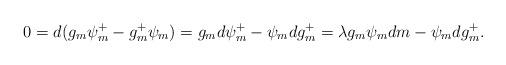
LaTeX: \begin{align*} 0 = d(g_m \psi^+_{m} - g^+_m\psi_m) = g_m d\psi^+_{m} - \psi_{m}dg^+_m = \lambda g_m \psi_{m}dm - \psi_{m}dg^+_m. \end{align*}